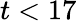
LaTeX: t<17